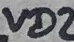
Text: VD2